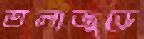
তলাজুড়ে